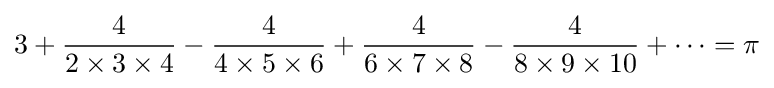
3+{\frac {4}{2\times 3\times 4}}-{\frac {4}{4\times 5\times 6}}+{\frac {4}{6\times 7\times 8}}-{\frac {4}{8\times 9\times 10}}+\cdots =\pi